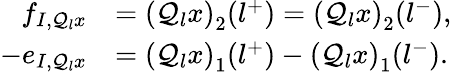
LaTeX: \begin{array}{rl}{f_{I,\mathcal{Q}_{l}x}}&{=\left(\mathcal{Q}_{l}x\right)_{2}(l^{+})=\left(\mathcal{Q}_{l}x\right)_{2}(l^{-}),}\\ {-e_{I,\mathcal{Q}_{l}x}}&{=\left(\mathcal{Q}_{l}x\right)_{1}(l^{+})-\left(\mathcal{Q}_{l}x\right)_{1}(l^{-}).}\end{array}